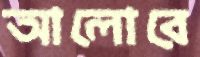
আলোরে